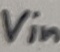
Text: Vin